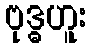
ဗုဒ္ဓဟူး